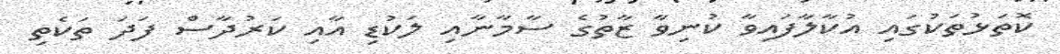
ކޮތަޅުތަކުގައި އުކާލާފައިވާ ކުނިވާ ޒާތުގެ ސާމާނާއި ލަކުޑި އާއި ކަރުދާސް ފަދަ ތަކެތި